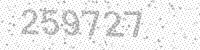
Solution: 259727